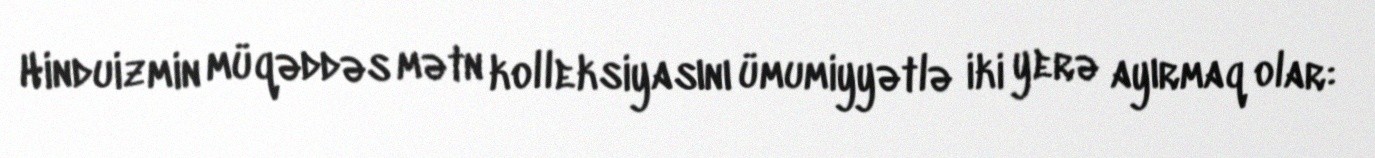
Hinduizmin müqəddəs mətn kolleksiyasını ümumiyyətlə iki yerə ayırmaq olar: